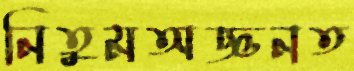
নিতুমঅজ্ঞনত